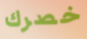
خصرك